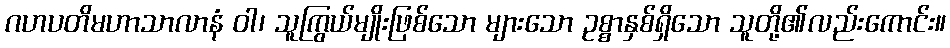
ဂဟပတိမဟာသာလာနံ ဝါ၊ သူကြွယ်မျိုးဖြစ်သော များသော ဥစ္စာနှစ်ရှိသော သူတို့၏လည်းကောင်း။